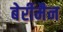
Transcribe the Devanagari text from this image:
बेर्रीमैन